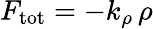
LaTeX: F_{\mathrm{tot}}=-k_{\rho}\, \rho